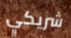
شريكي